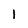
Character: 1